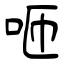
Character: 咂